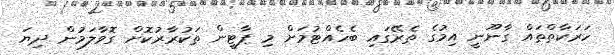
ހަރަކާތްތައް ގާނޫނީ އިމުގެ ތެރޭގައި ބެހެއްޓުމަށް މި ޕާޓީން ތަކުރާރުކޮށް ގޮވާލަމުން ދިޔަ